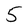
Character: 5